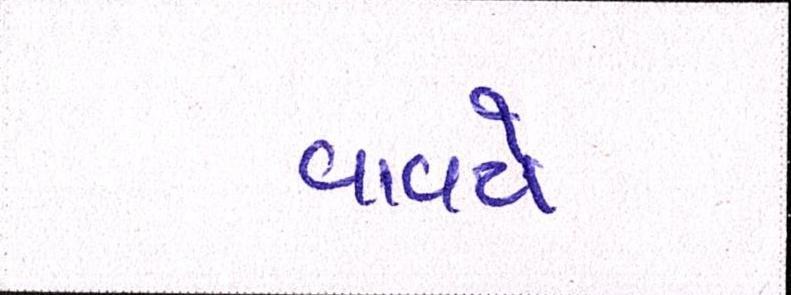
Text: વાવટો